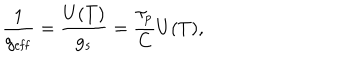
\frac { 1 } { g _ { \mathrm { e f f } } } = \frac { U ( T ) } { g _ { s } } = \frac { \tau _ { p } } { C } U ( T ) ,